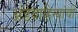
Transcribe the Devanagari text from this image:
अंडवाहिन्यांची